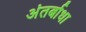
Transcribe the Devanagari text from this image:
अंतर्बाधा